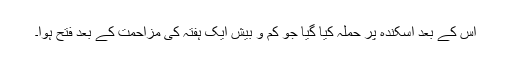
اس کے بعد اسکندہ پر حملہ کیا گیا جو کم و بیش ایک ہفتہ کی مزاحمت کے بعد فتح ہوا۔